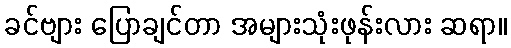
ခင်ဗျား ပြောချင်တာ အများသုံးဖုန်းလား ဆရာ။